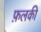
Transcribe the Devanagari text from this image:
फ़लकी